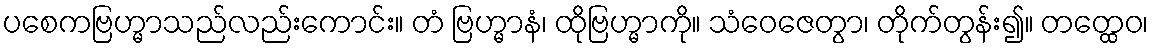
ပစေကဗြဟ္မာသည်လည်းကောင်း။ တံ ဗြဟ္မာနံ၊ ထိုဗြဟ္မာကို။ သံဝေဇေတွာ၊ တိုက်တွန်း၍။ တတ္ထေဝ၊